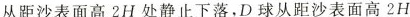
从距沙表面高2H处静止下落，D球从距沙表面高2H